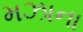
મઝાના